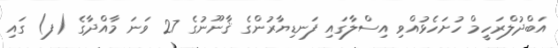
އަބްދުލްރަހީމް ހުށަހެޅުއްވި އިސްލާގައި ފަނޑިޔާރުންގެ ޤާނޫނުގެ 27 ވަނަ މާއްދާގެ (ފ) ގައި